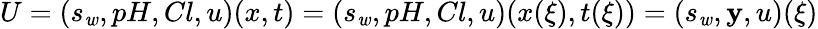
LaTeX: U=(s_{\mathit{w}},pH,Cl,u)(x,t)=(s_{\mathit{w}},pH,Cl,u)(x(\xi),t(\xi))=(s_{\mathit{w}},\mathbf{y},u)(\xi)